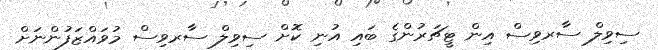
ސިވިލް ސާރވިސް އިން ޓީޗަރުންގެ ބައި އުނި ކޮށް ސިވިލް ސާރވިސް މުވައްޒަފުންނަށް